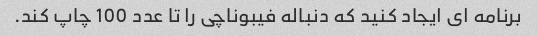
برنامه ای ایجاد کنید که دنباله فیبوناچی را تا عدد 100 چاپ کند.